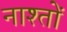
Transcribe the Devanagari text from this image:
नाश्तों